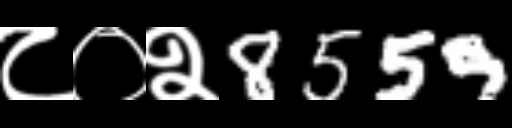
Text: ८०२8559